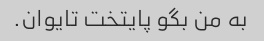
به من بگو پایتخت تایوان.